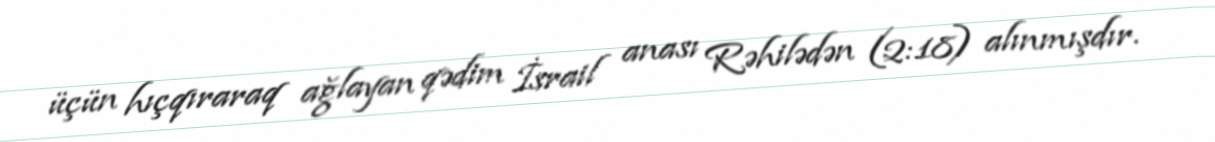
üçün hıçqıraraq ağlayan qədim İsrail anası Rəhilədən (2:18) alınmışdır.